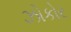
ઝોકોર